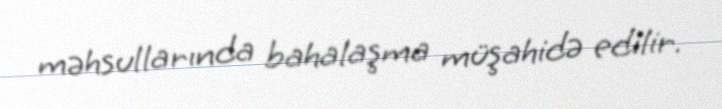
məhsullarında bahalaşma müşahidə edilir.